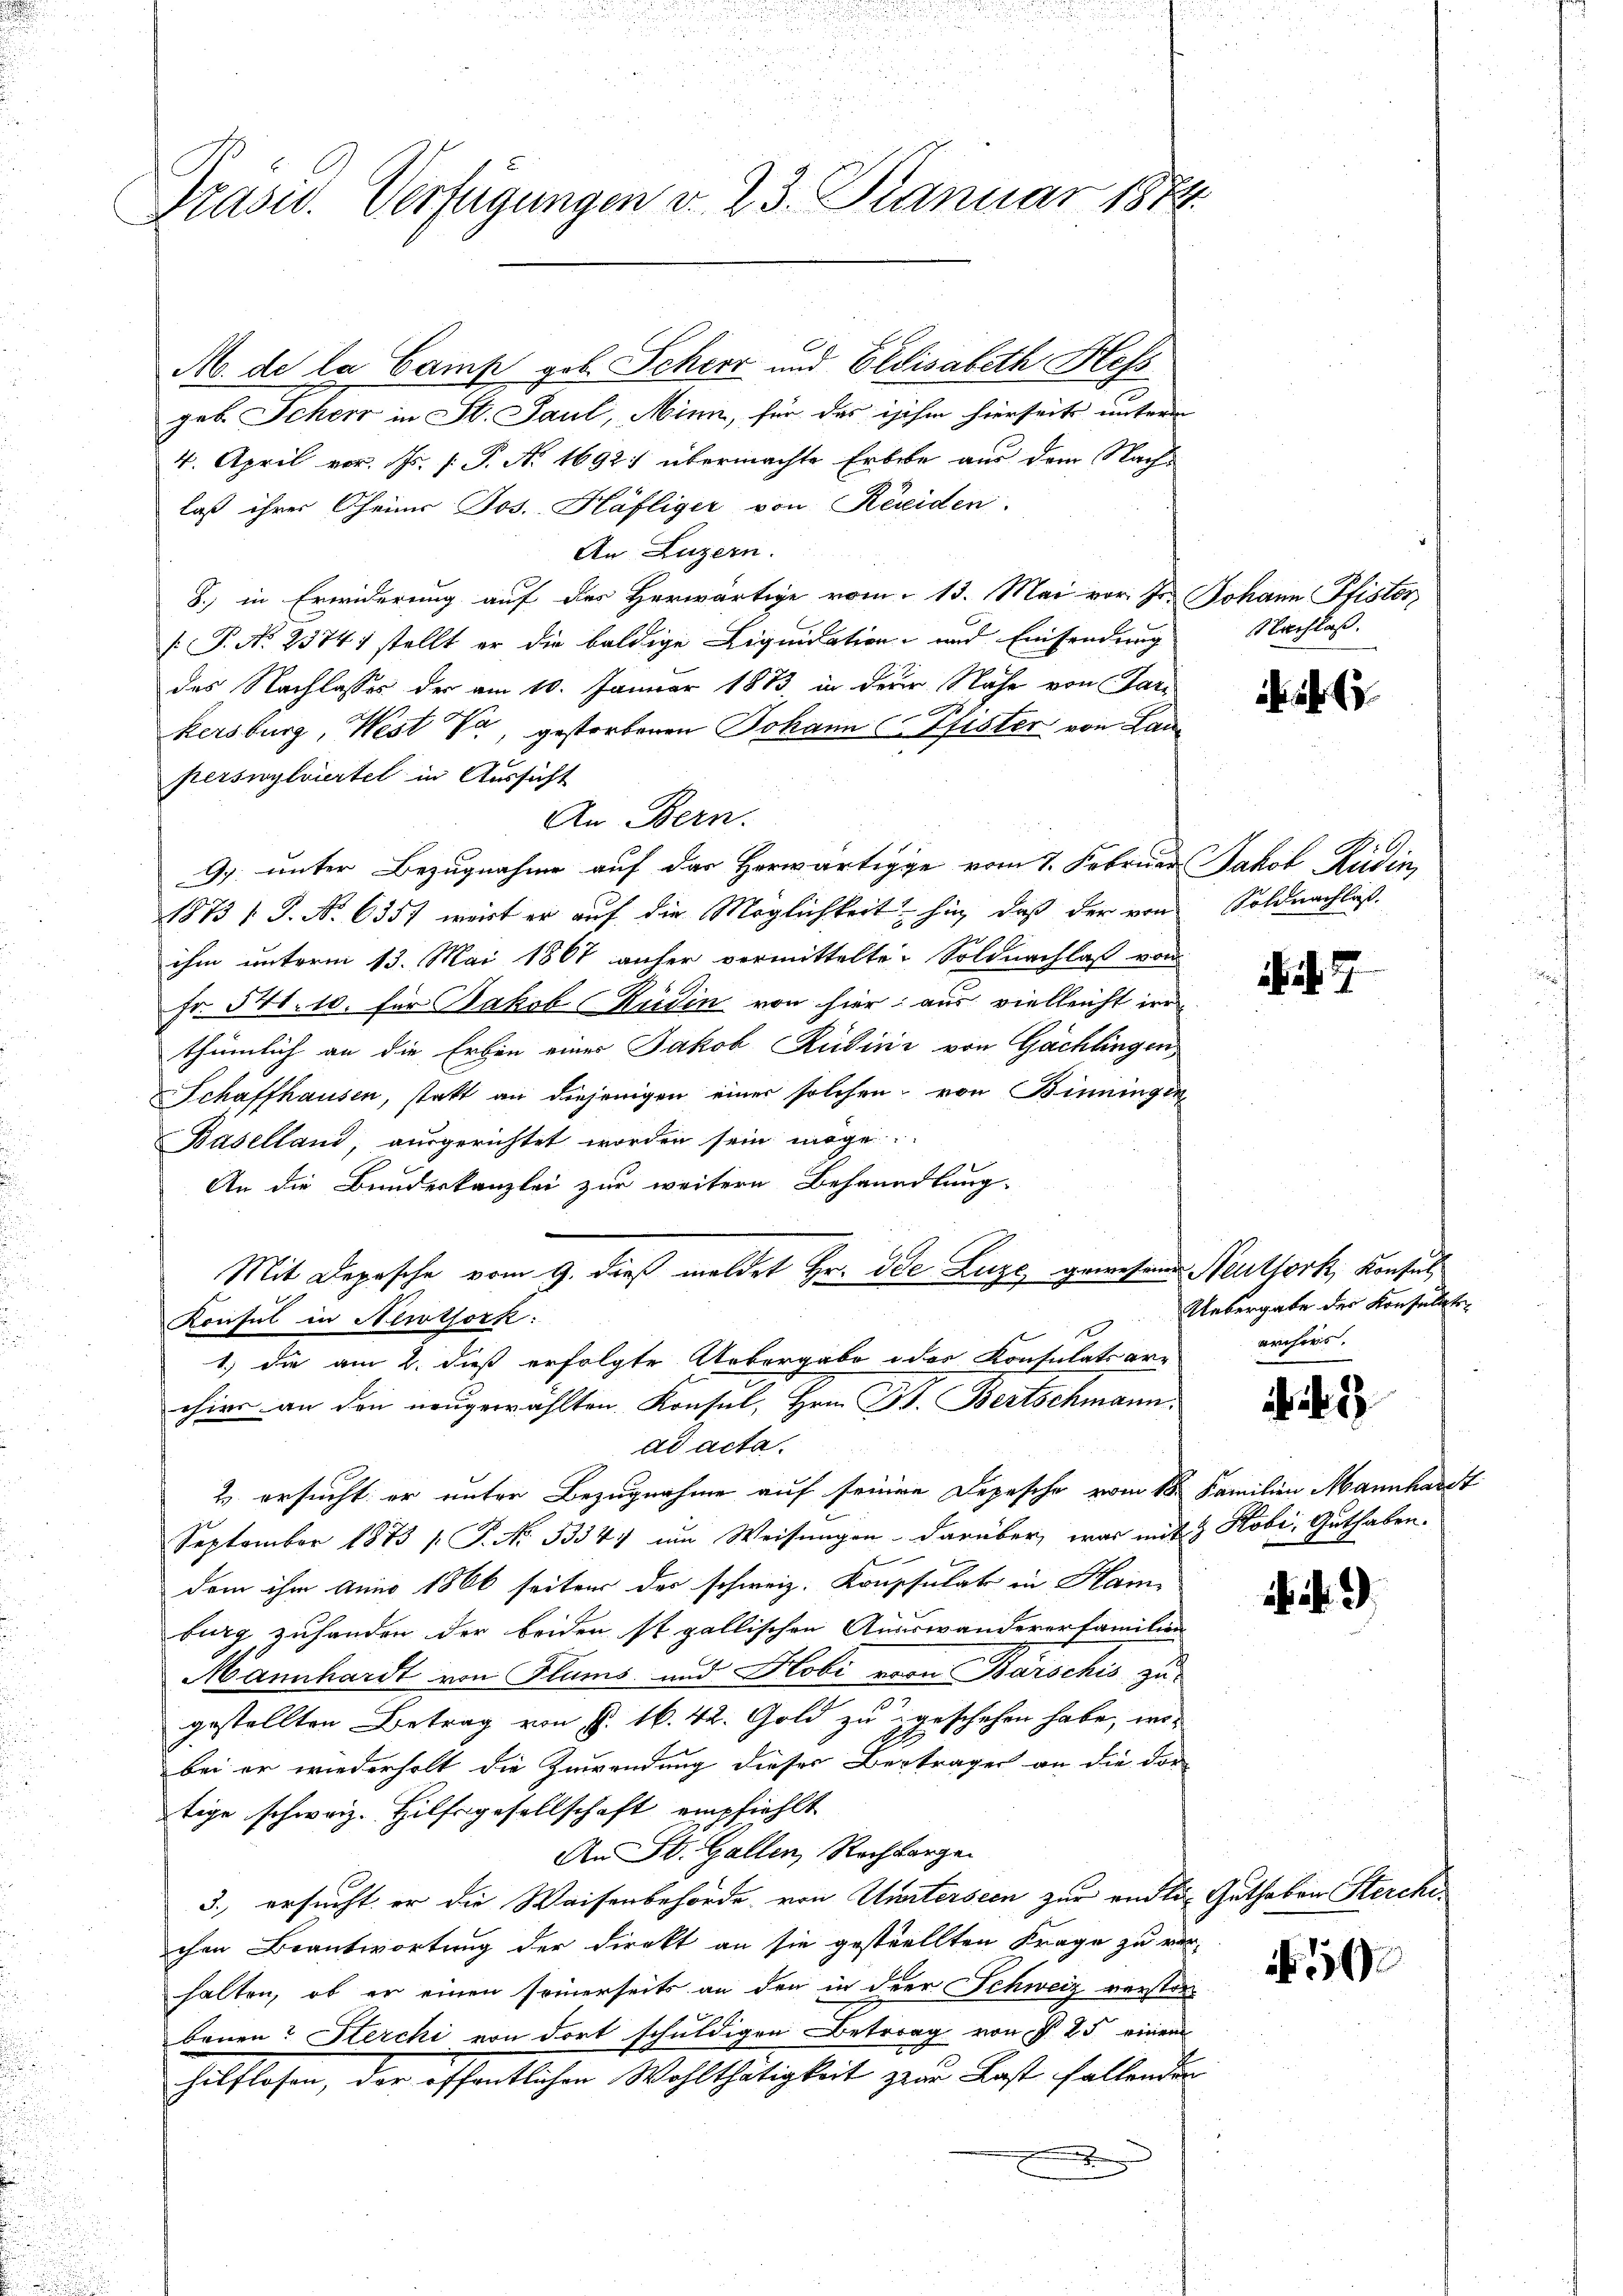
Präsid. Verfügungen v. 23. Januar 1874.

geb. Scheer in St. Paul, Minn, für das ischen hierseits unter
4. April vor. Js. (: P. Nr. 1692) übermachte Erbebe aus dem Nach-
laß ihrer Theiner Jos. Häfliger von Residen
An Luzern.
8.) in Erwiderung auf des Herwärtige vom 13. Mai vor. Jr. Johann Pfister
[P. No 23741 stellt er die baldige Liquidation und Einsendung
des Nachlasses der am 10. Januar 1883 in der Nähe von Gar¬
B
kersburg, West da, gestorbenen Johann (Pfister von Lan
perswylviertel in Aussicht
An Bern.
G. unter Bezugnahme auf das Herwärtigge vom 7. Februar Jakob Rudin,
1873 S. Nr. 6351 wart er auf die Möglichkeit hin, daß der von Soldnachlaß
ihm unterm 13. Mai 1867 anher vermittelte. Soldnachlaß von
Fr. 548. 10. für Jakob Rüdin von hier; aus vielleicht der
thümlich an die Erben einer Jakob Rudini von Gachlingen
Schaffhausen, statt an diejenigen einer solchen von Binninger
Baselland, ausgerichtet worden sein möge.
An die Bundeskanzlei zur weitern Behandlung.
Mit Depesche vom 9. dieß meldet Hr. Die Luze gewesene Neuthork, Konsul¬
Konsul in Newtork:
1.) die am 2. dieß erfolgte Uebergabe des Konsulats ar-
chier an den neugewählten Konsul, Hrn. Pr. Bertschmann.
ad acta.
2 ersucht er unter Bezugnahme auf seinen Depesche vom 18. Familien Mannhardt
September 1873 /: P. Nr. 3354. im Weisungen darüber, was mit 3 Kobi, Guthaben.
dem ihm anno 1866 seiten der schweiz. Konsulat in Ham
burg zufanden der beiden ist gallischen Auswanderer Familien
Mannhardt von Flums- und Hobi von Barschis zu
gestellten Betrag von S. 16. 42. Gold zu geschehen habe, wo-
bei er wiederholt die Zuwendung dieser Beyträger an die dor
tige schweiz. Hilfsgesellschaft empfiehlt
An St. Gallen, Rechargen
3. ersucht er die Waisenbehörde von Unterseen zur endli
chen Beantwortung der Direkt an sie gestellten Frage zu verhalten, ob er einen seinerseits an den in der Schweiz verstor
benen? Sterchi von dort schuldigen Betrag von § 25 einem
hilflosen, der öffentlichen Wohlthätigkeit zur Last fallenden

M. de la Camp gob. Scheer und Elisabeth Hess

Nachlaß.

7

Uebergabe der Konfel
archivs.

3

Guthaben Sterche

N 5

e